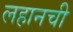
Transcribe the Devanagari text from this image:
लहानची